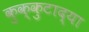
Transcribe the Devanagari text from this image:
कुक्कुटाद्या